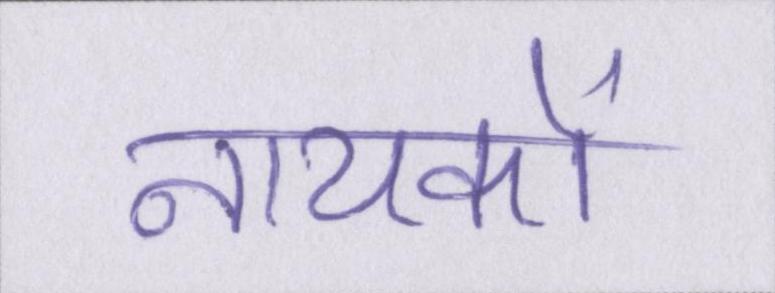
नायकों